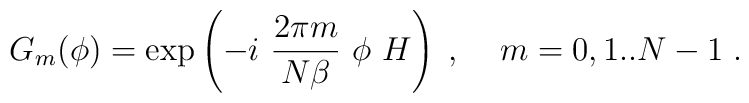
G_{m}(\phi)=\exp\left(-i~\frac{2\pi m}{N\beta}~\phi~H\right)\; ,\;\;\;\; m=0,1..N-1 \;  .